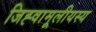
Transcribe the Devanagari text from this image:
जिह्वामूलीयस्य